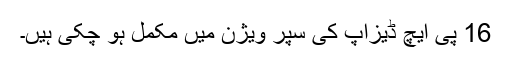
16 پی ایچ ڈیزآپ کی سپر ویژن میں مکمل ہو چکی ہیں۔